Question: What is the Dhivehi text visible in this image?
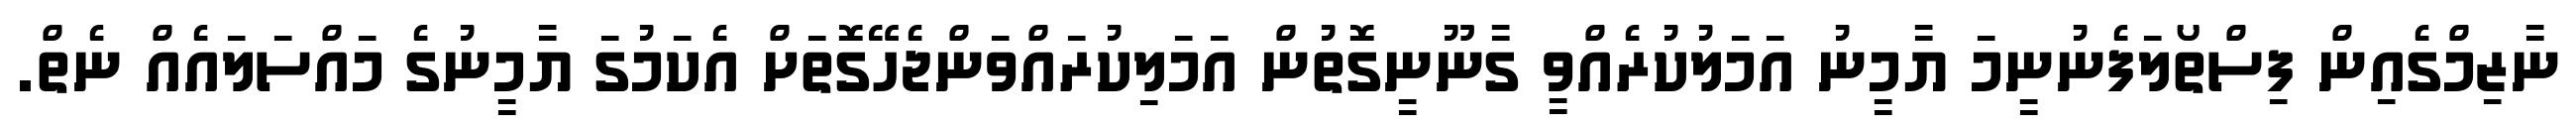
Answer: ނާޒިމްގެއިން ފިސްތޯލަފެނުނީމަ ޔާމީނު އަމަލުކުރެއްވީ ގާނޫނީގޮތުން އަމަލިކުރައްވަންޖެހޭގޮތަށް އެކަމުގަ ޔާމީނުގެ މައްސަލައެއް ނެތް.